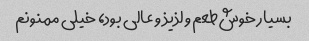
بسیار خوش‌طعم و لذیذ و عالی بود، خیلی ممنونم